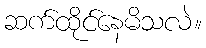
ဆက်ထိုင်နေမိသလဲ။